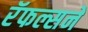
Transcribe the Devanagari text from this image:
रॅफल्सने